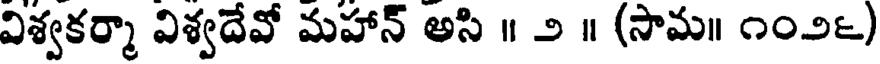
విశ్వకర్మా విశ్వదేవో మహాన్ అసి ॥ ౨ ॥ (సామ॥ ౧౦౨౬)